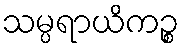
သမ္ပရာယိကဉ္စ